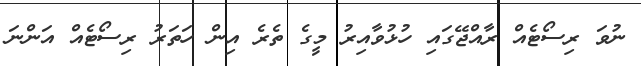
ނުވަ ރިސޯޓެއް ރާއްޖޭގައި ހުޅުވާއިރު މީގެ ތެރެ އިން ހަތަރު ރިސޯޓެއް އަންނަ